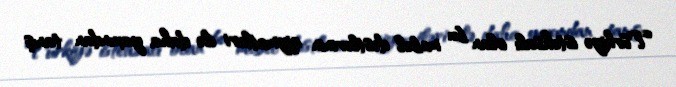
Türkiyə istehsalı olan bu mebel dəstlərinin qiymətləri ilə daha yaxından tanış